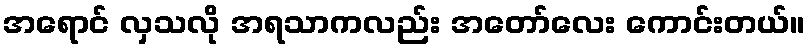
အရောင် လှသလို အရသာကလည်း အတော်လေး ကောင်းတယ်။